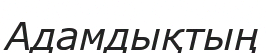
Адамдықтың